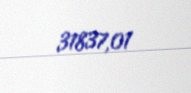
31837,01